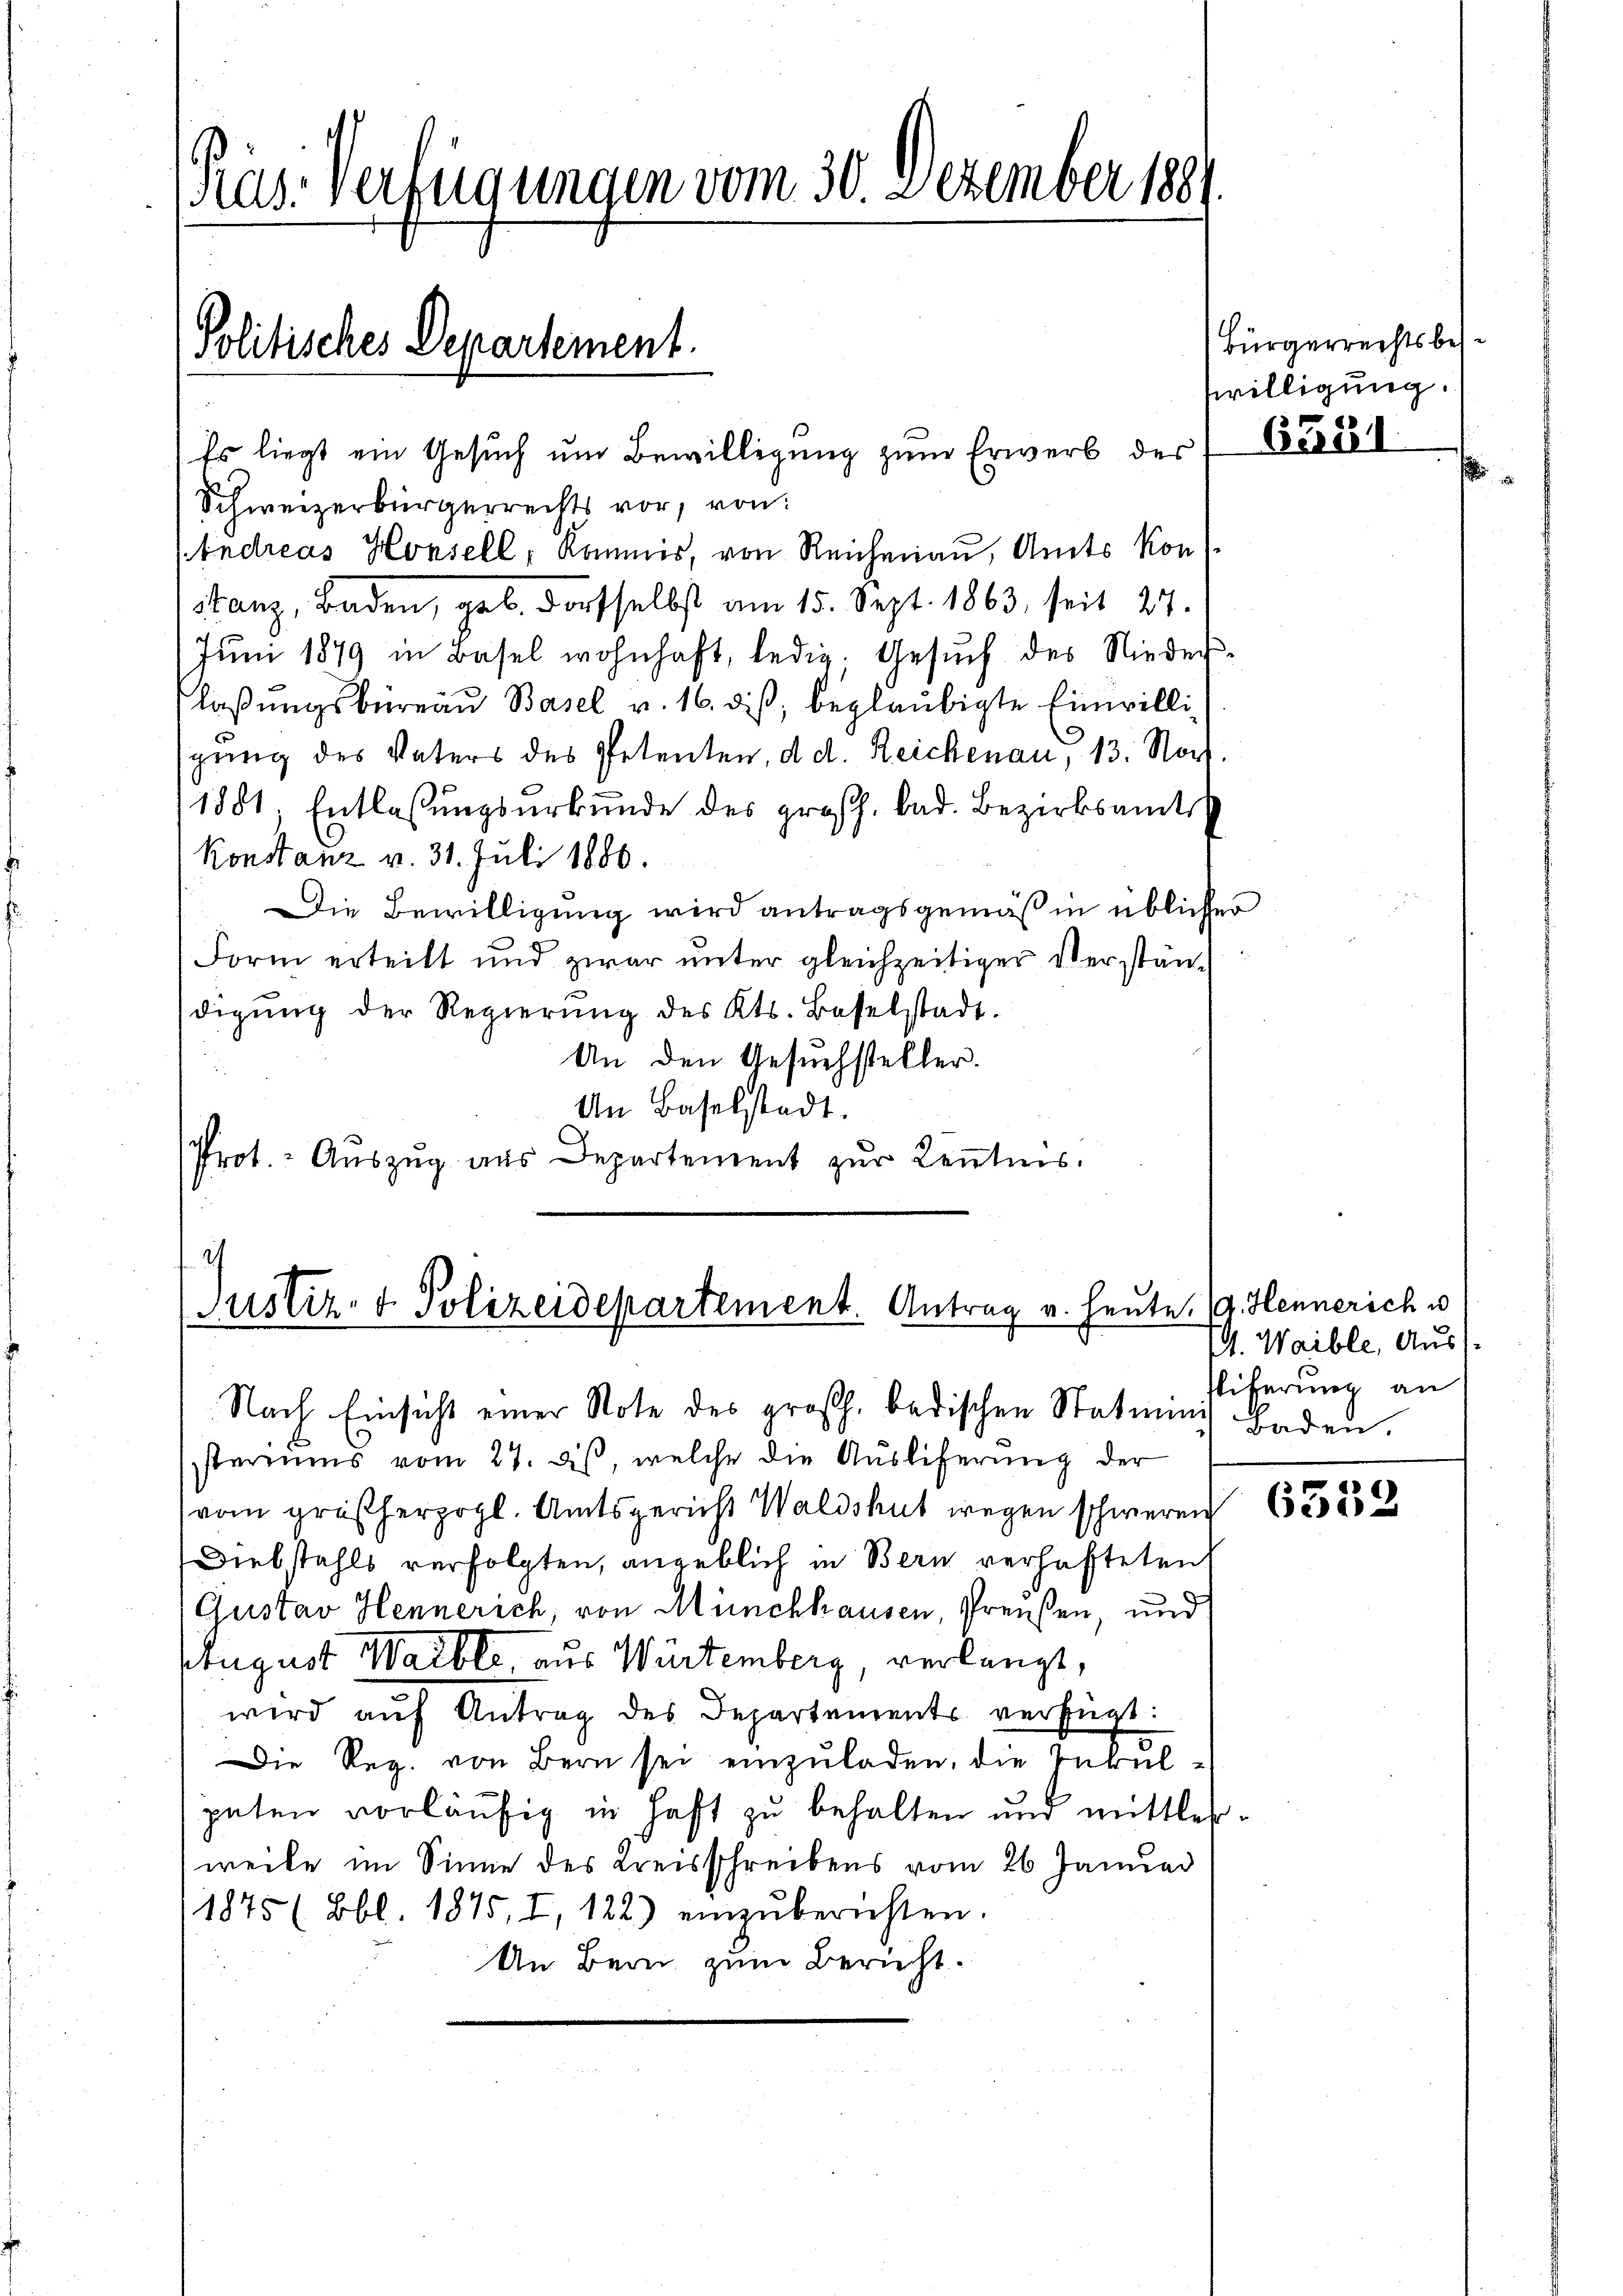
Ras: Verfügungen vom 30. Dezember 1881.

Politisches Departement.

Schweizerbürgerrechts vor, von
(Endreas Honsell, kommis, von Reichenau, Amts Kon
stanz, Baden, geb. dorsselbst am 15. Sept. 1863, seit 27.
Juni 1879 in Basel wohnhaft, ledig. Gesŭch des Nieder-
laßungsbureau Basel v. 16. diß, beglaubigte Einwilligung des Vaters des Petenten, d. d. Reichenau, 13. Nov.
1881, Entlassungsurkunde des großh. bad. Bezirksamts
Konstanz v. 31. Juli 1880.
Die Bewilligung wird antragsgemäß in üblicher
Form erteilt und zwar unter gleichzeitiger Verständigŭng der Regierŭng des Kts. Baselstadt.
An den Gesuchsteller.
An Baselstadt.
Prot. Auszug aus Departement zŭr Keṅtnis.

Es liegt ein Gesuch um Bewilligung zum Erwerb der Ver

2)
Justiz- & Polizeidepartement. Antrag v. heute
Nach Einsicht einer Note des großh. badischen Statuums Baden.

steriums vom 27. des, welche die Auslieferung der
vom großherzogl. Amtsgericht Waldshut wegen schweren
Diebstahls verfolgten, angeblich in Bern verhafteten
Gustav Hennerich, von Münchhausen, Preußen, und
August Waible, aus Würtemberg, verlangt,
wird aŭf Antrag des Departements verfügt:
Die Reg. von Bern sei einzuladen, die Inkulputen vorläufig in Haft zu behalten und mittlerweile im Sinne des Kreisschreibens vom 26. Januar
1875 ( Bbl. 1875, I, 122) einzŭberichten.
An Bern zum Bericht.

Bürgerrechtsbeswilligung.

a. Hennerich u
I. Waible, Auss
sliferung an

6332